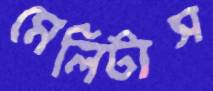
মেলিটাস